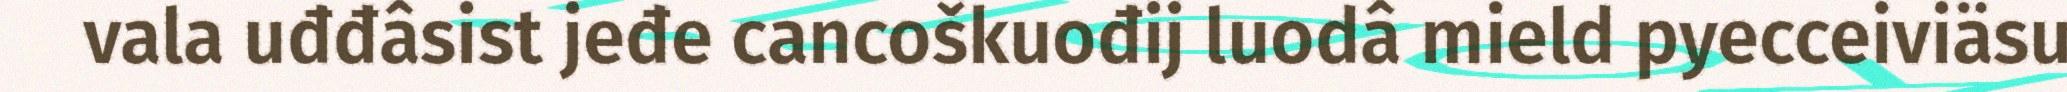
vala uđđâsist jeđe cancoškuođij luodâ mield pyecceiviäsu